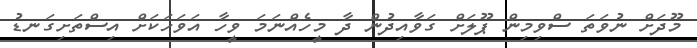
މޫދަށް ނުވަތަ ސްވިމިން ޕޫލަށް ގަވާއިދުން ދާ މީހެއްނަމަ ވީހާ އަވަހަކަށް އިސްތަށިގަނޑު